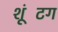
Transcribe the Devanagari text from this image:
शूंटिंग